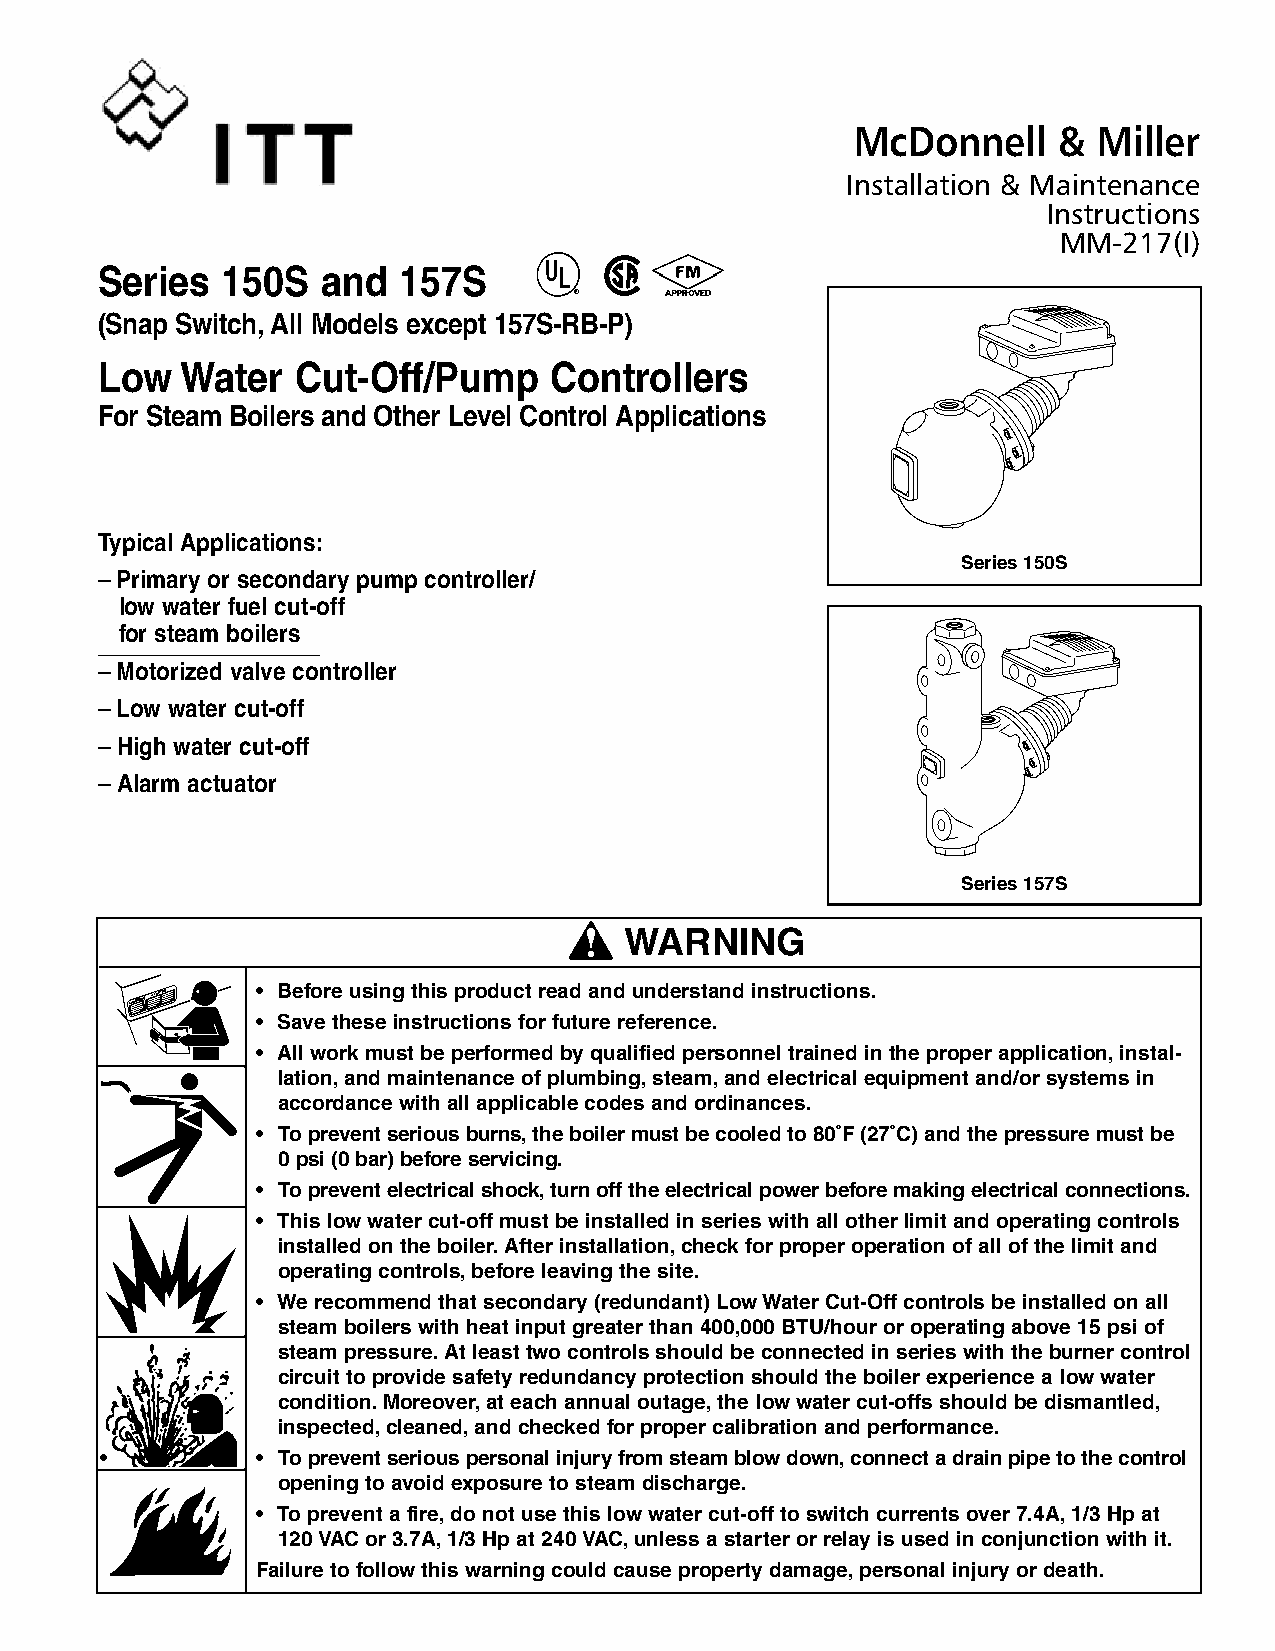
McDonnell    &  Miller
 Installation & Maintenance
 Instructions
 MM-217(I)
 Series   150S  and  157S
 ®
 (Snap Switch,All Models except 157S-RB-P)
 Low   Water   Cut-Off/Pump    Controllers
 For Steam Boilers and Other Level Control Applications
 Typical Applications:
 Series 150S
 – Primary or secondary pump controller/
 low water fuel cut-off
 for steam boilers
 – Motorized valve controller
 – Low water cut-off
 – High water cut-off
 – Alarm actuator
 Series 157S
 ! WARNING
 • Before using this product read and understand instructions.
 • Save these instructions for future reference.
 • All work must be performed by qualified personnel trained in the proper application,instal-
 lation,and maintenance of plumbing,steam,and electrical equipment and/or systems in
 accordance with all applicable codes and ordinances.
 • To prevent serious burns,the boiler must be cooled to 80˚F (27˚C) and the pressure must be
 0 psi (0 bar) before servicing.
 • To prevent electrical shock,turn off the electrical power before making electrical connections.
 • This low water cut-off must be installed in series with all other limit and operating controls
 installed on the boiler.After installation,check for proper operation of all of the limit and
 operating controls,before leaving the site.
 • We recommend that secondary (redundant) Low Water Cut-Off controls be installed on all
 steam boilers with heat input greater than 400,000 BTU/hour or operating above 15 psi of
 steam pressure.At least two controls should be connected in series with the burner control
 circuit to provide safety redundancy protection should the boiler experience a low water
 condition.Moreover,at each annual outage,the low water cut-offs should be dismantled,
 inspected,cleaned,and checked for proper calibration and performance.
 •         • To prevent serious personal injury from steam blow down,connect a drain pipe to the control
 opening to avoid exposure to steam discharge.
 • To prevent a fire,do not use this low water cut-off to switch currents over 7.4A,1/3 Hp at
 120 VAC or 3.7A,1/3 Hp at 240 VAC,unless a starter or relay is used in conjunction with it.
 Failure to follow this warning could cause property damage,personal injury or death.
 GNINRAW
 NOITUAC